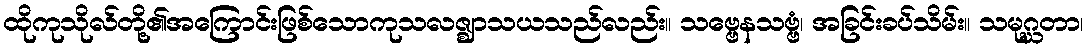
ထိုကုသိုလ်တို့၏အကြောင်းဖြစ်သောကုသလဇ္ဈာသယသည်လည်း။ သဗ္ဗေနသဗ္ဗံ၊ အခြင်းခပ်သိမ်း။ သမုဂ္ဃတာ၊